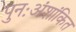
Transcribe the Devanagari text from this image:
पुनःअंशांकित